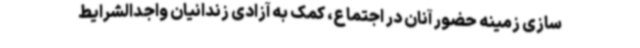
سازی زمینه حضور آنان در اجتماع، کمک به آزادی زندانیان واجدالشرایط